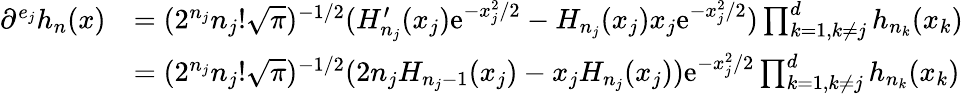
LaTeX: \begin{array}{rl}{\partial^{e_{j}}h_{n}(x)}&{=(2^{n_{j}}n_{j}!\sqrt{\pi})^{-1/2}(H_{n_{j}}^{\prime}(x_{j})\mathrm{e}^{-x_{j}^{2}/2}-H_{n_{j}}(x_{j})x_{j}\mathrm{e}^{-x_{j}^{2}/2})\prod_{k=1,k\neq j}^{d}h_{n_{k}}(x_{k})}\\ &{=(2^{n_{j}}n_{j}!\sqrt{\pi})^{-1/2}(2n_{j}H_{n_{j}-1}(x_{j})-x_{j}H_{n_{j}}(x_{j}))\mathrm{e}^{-x_{j}^{2}/2}\prod_{k=1,k\neq j}^{d}h_{n_{k}}(x_{k})}\end{array}